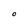
Character: O